Report of the King Institute of Preventive Medicine, Guindy
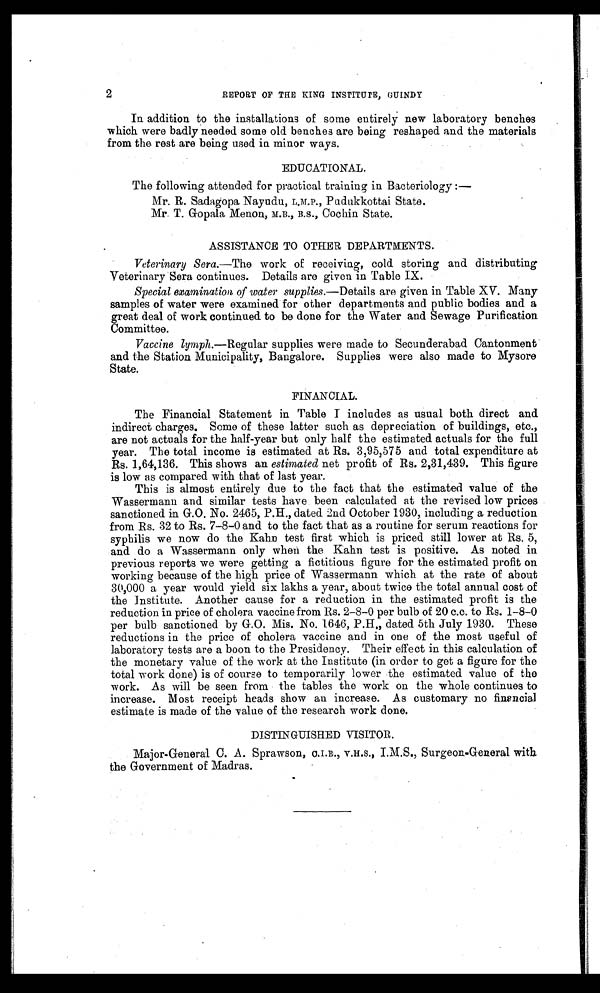
2
REPORT OF THE KING INSTITUTE, GUINDY
In addition to the installations of some entirely new laboratory benches
which were badly needed some old benches are being reshaped and the materials
from the rest are being used in minor ways
.
EDUCATIONAL.
The following attended for practical training in Bacteriology :
—
Mr. R. Sadagopa Nayudu, L.M.P. Pudukkottai State.
Mr. T. Gopala Menon, M.B., B.S., Cochin State.
ASSISTANCE TO OTHER DEPARTMENTS.
Veterinary Sera.—The work of receiving, cold storing and distributing
Veterinary Sera continues. Details are given in Table IX.
Special examination of water supplies.— Details are given in Table XV. Many
samples of water were examined for other departments and public bodies and a
great deal of work continued to be done for the Water and Sewage Purification
Committee.
Vaccine lymph. —Regular supplies were made to Secunderabad Cantonment
and the Station Municipality, Bangalore. Supplies were also made to Mysore
State.
FINANCIAL.
The Financial Statement in Table I includes as usual both direct and
indirect charges. Some of these latter such as depreciation of buildings, etc.,
are not actuals for the half-year but only half the estimated actuals for the full
year. The total income is estimated at Rs. 3,95,575 and total expenditure at
Rs . 1,64,136. This shows an estimated net profit of Rs. 2,31,439. This figure
is low as compared with that of last year.
This is almost entirely due to the fact that the estimated value of the
Wassermann and similar tests have been calculated at the revised low prices
sanctioned in G.O. No. 2465, P.H., dated 2nd October 1930, including a reduction
from Rs. 32 to Rs. 7-8-0 and to the fact that as a routine for serum reactions for
syphilis we now do the Kahn test first which is priced still lower at Rs. 5,
and do a Wassermann only when the Kahn test is positive. As noted in
previous reports we were getting a fictitious figure for the estimated profit on
working because of the high price of Wassermann which at the rate of about
30,000 a year would yield six lakhs a year, about twice the total annual cost of
the Institute. Another cause for a reduction in the estimated profit is the
reduction in price of cholera vaccine from Rs. 2-8-0 per bulb of 20 c.c. to Rs. 1-8-0
per bulb sanctioned by G.O. Mis. No. 1646, P.H., dated 5th July 1930. These
reductions in the price of cholera vaccine and in one of the most useful of
laboratory tests are a boon to the Presidency. Their effect in this calculation of
the monetary value of the work at the Institute (in order to get a figure for the
total work done) is of course to temporarily lower the estimated value of the
work. As will be seen from the tables the work on the whole continues to
increase. Most receipt heads show an increase. As customary no financial
estimate is made of the value of the research work done.
DISTINGUISHED VISITOR.
Major-General C. A. Sprawson, O.I.E., V.H.S., I.M.S., Surgeon-General with
the Government of Madras.